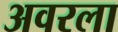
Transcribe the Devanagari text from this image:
अवरला